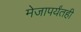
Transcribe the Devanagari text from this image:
मेजापर्यंतही